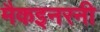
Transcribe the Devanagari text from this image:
मैकइनरनी